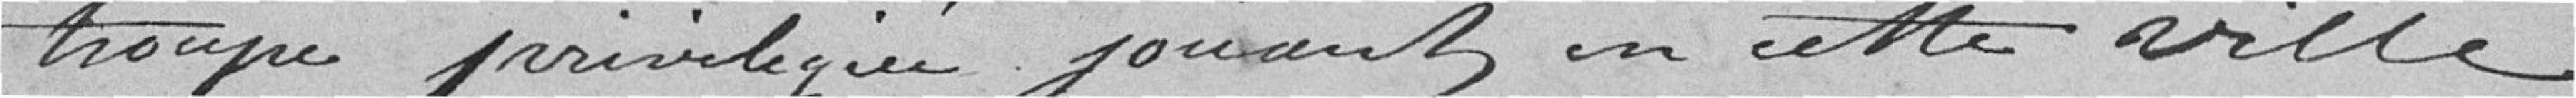
troupe privilégiée jouant en cette ville